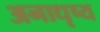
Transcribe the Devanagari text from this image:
अनाधृष्य